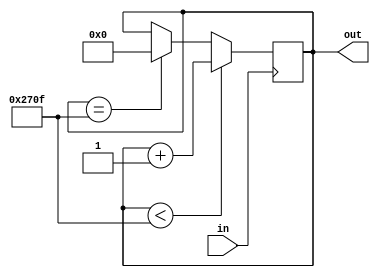
module counter(in,out);
input in;
output reg [13:0] out = 0;

always @(posedge in)
begin

	if(out < 9999)
		out = out + 1;
	else if(out == 9999)
		out = 0;

end
endmodule